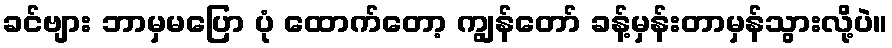
ခင်ဗျား ဘာမှမပြော ပုံ ထောက်တော့ ကျွန်တော် ခန့်မှန်းတာမှန်သွားလို့ပဲ။